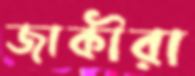
জাকীরা